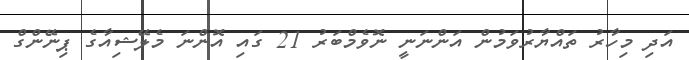
އަދި މިހާރު ތައްޔާރުވަމުން އަންނަނީ ނޮވެމްބަރު 21 ގައި އޮންނަ މެލޭޝިއާގެ ޕިނޭންގް